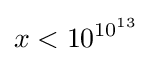
x<10^{10^{13}}